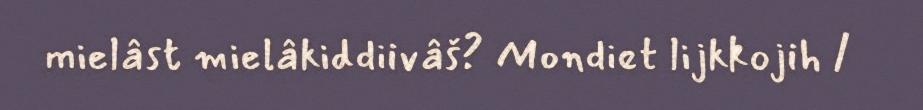
mielâst mielâkiddiivâš? Mondiet lijkkojih /